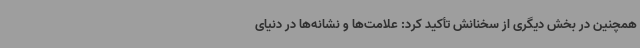
همچنین در بخش دیگری از سخنانش تأکید کرد: علامت‌ها و نشانه‌ها در دنیای